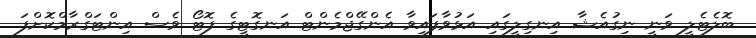
ބޮލެޓެލީ ވަނީ ނިގުއެޝާ އިނގިލީގައި އަޅުވާފައިވާ އެންގޭޖްމެންޓް އަނގޮޓީގެ ފޮޓޯ ވެސް އިންޓަގްރާމްކޮށްފަ